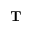
\mathbf { T }